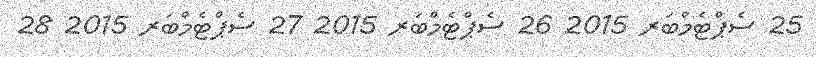
25 ސެޕްޓެމްބަރ 2015 26 ސެޕްޓެމްބަރ 2015 27 ސެޕްޓެމްބަރ 2015 28